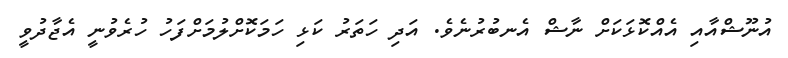
އުނޫޝްއާއި އެއްކޮޅަކަށް ނާޝް އެނބުރުނެވެ. އަދި ހަތަރު ކަޅި ހަމަކޮށްލުމަށްފަހު ހުރެވުނީ އެޖާދުވީ